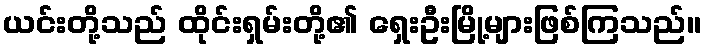
ယင်းတို့သည် ထိုင်းရှမ်းတို့၏ ရှေးဦးမြို့များဖြစ်ကြသည်။